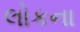
લોકના